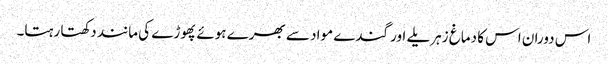
اس دوران اس کا دماغ زہریلے اور گندے مواد سے بھرے ہوئے پھوڑے کی مانند دکھتا رہتا۔